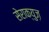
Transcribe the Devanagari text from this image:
सेराक्युज़